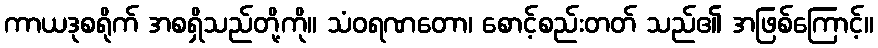
ကာယဒုစရိုက် အစရှိသည်တို့ကို။ သံဝရဏတော၊ စောင့်စည်းတတ် သည်၏ အဖြစ်ကြောင့်။